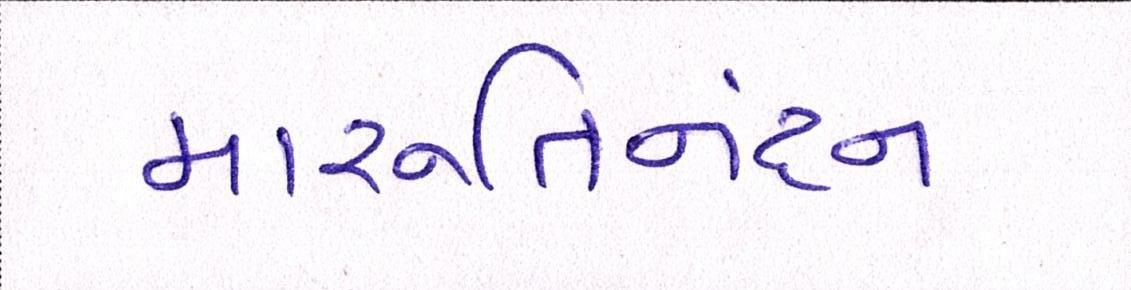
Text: મારૂતિનંદન